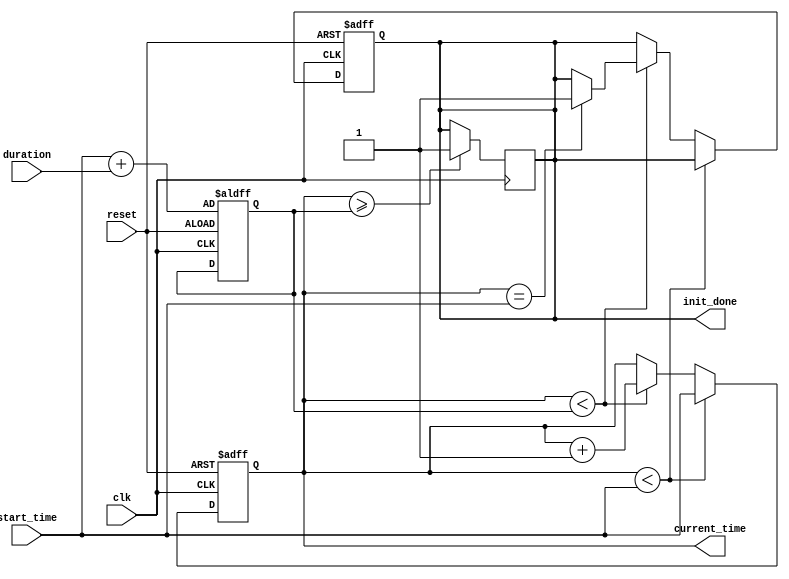
module simulation_time_initialization (
    input wire clk,                     // Clock input
    input wire reset,                   // Reset signal
    input wire [31:0] start_time,       // Initial time input
    input wire [31:0] duration,         // Duration of the simulation
    output reg [31:0] current_time,     // Current simulation time output
    output reg init_done                // Initialization done flag
);

    // Internal state variables
    reg [31:0] max_time;                // Maximum time limit for the simulation
    reg [31:0] elapsed_time;            // Elapsed time counter

    // Initialization process
    always @(posedge clk or posedge reset) begin
        if (reset) begin
            current_time <= 0;            // Reset current time
            elapsed_time <= 0;            // Reset elapsed time
            init_done <= 0;               // Reset initialization state
            max_time <= start_time + duration; // Set maximum simulation time
        end else begin
            if (current_time < start_time) begin
                current_time <= start_time; // Initialize current time at start_time
            end else if (current_time < max_time) begin
                current_time <= current_time + 1; // Increment current time
                elapsed_time <= elapsed_time + 1; // Track elapsed time
                init_done <= (current_time == start_time) ? 1 : init_done; // Set init_done if current_time equals start_time
            end
        end
    end

    // Termination Condition (can be modified for different conditions)
    always @(posedge clk) begin
        if (current_time >= max_time) begin
            // Termination logic, if required (can add more behavior here)
            init_done <= 1;                   // Mark done when maximum time is reached
        end
    end

    // Debugging and Monitoring (can be expanded as needed)
    always @(posedge clk) begin
        if (init_done) begin
            $display("Current Time: %d, Elapsed Time: %d", current_time, elapsed_time);
        end
    end

endmodule